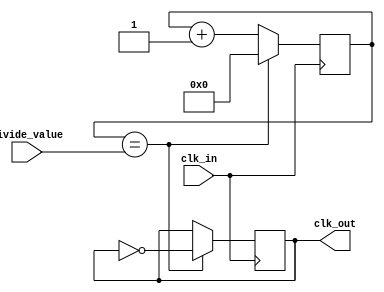
module clock_divider (
    input wire clk_in,
    input wire [3:0] divide_value,
    output reg clk_out
);

reg [3:0] counter;

always @ (posedge clk_in) begin
    if (counter == divide_value) begin
        counter <= 0;
        clk_out <= ~clk_out;
    end else begin
        counter <= counter + 1;
    end
end

endmodule